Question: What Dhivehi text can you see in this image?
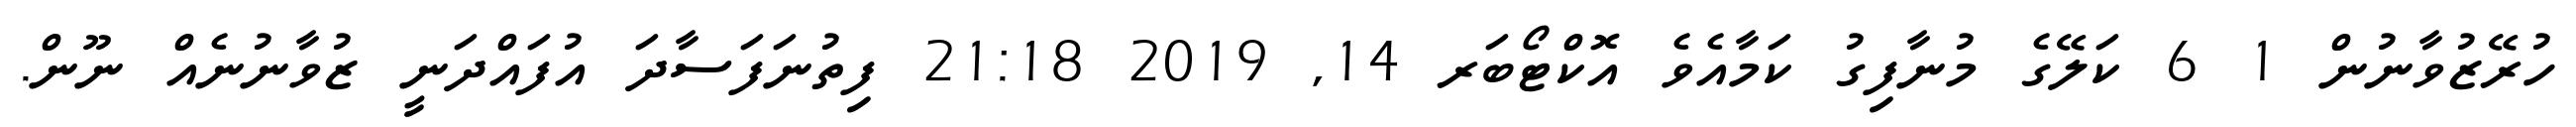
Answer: ހުރޭޒުވާނުން 1 6 ކަލޭގެ މުނާފިގު ކަމާއެވެ އޮކްޓޯބަރ 14, 2019 21:18 ފިތުނަފަސާދަ އުފައްދަނީ ޒުވާނުނެއް ނޫން.